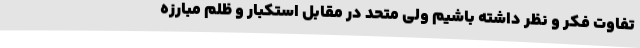
تفاوت فکر و نظر داشته باشیم ولی متحد در مقابل استکبار و ظلم مبارزه